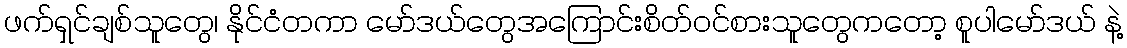
ဖက်ရှင်ချစ်သူတွေ၊ နိုင်ငံတကာ မော်ဒယ်တွေအကြောင်းစိတ်ဝင်စားသူတွေကတော့ စူပါမော်ဒယ် နဲ့